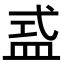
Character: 𥁦